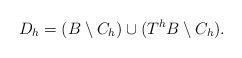
LaTeX: \begin{align*}D_h = (B\setminus C_h) \cup (T^h B \setminus C_h) . \end{align*}